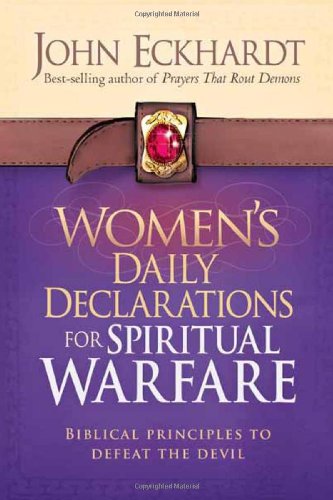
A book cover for Women's Daily Declarations for Spiritual Warfare: Biblical Principles to Defeat the Devil; John Eckhardt; Christian Books & Bibles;